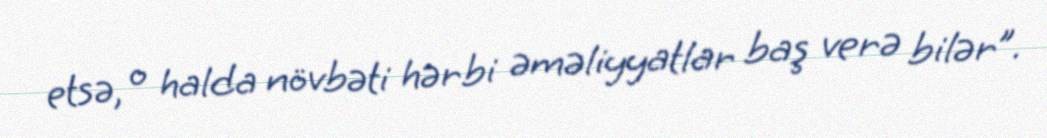
etsə, o halda növbəti hərbi əməliyyatlar baş verə bilər”.